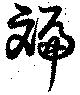
班